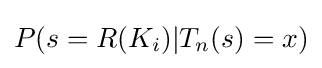
P(s=R(K_{i})|T_{n}(s)=x)